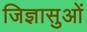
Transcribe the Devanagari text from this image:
जिज्ञासुओं